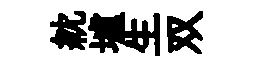
紞壚生双